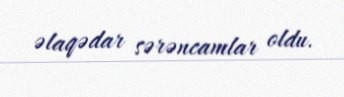
əlaqədar sərəncamlar oldu.